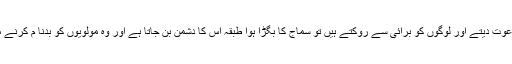
چنانچہ وہ جب اچھائی کی دعوت دیتے اور لوگوں کو برائی سے روکتے ہیں تو سماج کا بگڑا ہوا طبقہ اس کا دشمن بن جاتا ہے اور وہ مولویوں کو بدنا م کرنے میں کوئی کسر نہیں چھوڑتا۔